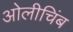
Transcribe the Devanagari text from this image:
ओलीचिंब